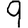
Digit: 9